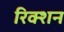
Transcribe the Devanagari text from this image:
रिक्शन